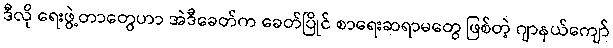
ဒီလို ရေးဖွဲ့တာတွေဟာ အဲဒီခေတ်က ခေတ်ပြိုင် စာရေးဆရာမတွေ ဖြစ်တဲ့ ဂျာနယ်ကျော်